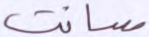
سانت